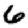
Digit: 6